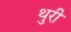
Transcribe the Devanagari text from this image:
थुरी